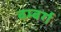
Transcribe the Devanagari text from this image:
बम्बर्ग